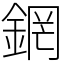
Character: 龬